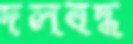
দলবদ্ধ